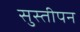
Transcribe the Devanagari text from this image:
सुस्तीपन